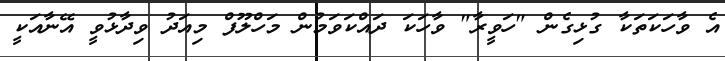
އެ ވާހަކަތަކާ ގުޅިގެން "ހަވީރާ" ވާހަކަ ދައްކަވަމުން މަހްލޫފް މިއަދު ވިދާޅުވީ އޭނާއަކީ